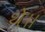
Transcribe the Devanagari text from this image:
थे॥